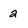
Character: 2